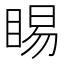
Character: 睗